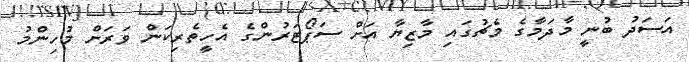
އަސަަދު ބުނީ މާދަމާގެ މެޗުގައި މާޒިޔާ އަށް ސަޕޯޓަރުންގެ އެހީތެރިކަން ވަރަށް މުހިންމު